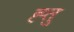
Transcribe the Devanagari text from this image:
ह्तु